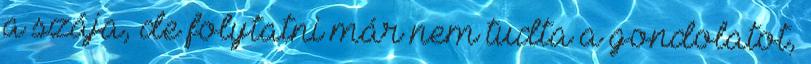
a szája, de folytatni már nem tudta a gondolatot,